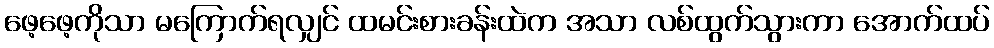
ဖေ့ဖေ့ကိုသာ မကြောက်ရလျှင် ထမင်းစားခန်းထဲက အသာ လစ်ထွက်သွားကာ အောက်ထပ်